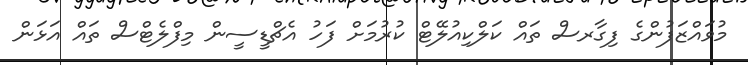
މުވައްޒަފުންގެ ފިގާރސް ތައް ކަލްކިއުލޭޓް ކުރުމަށް ފަހު އެޗްޑީސީން މިފްލެޓްސް ތައް އަޅަން